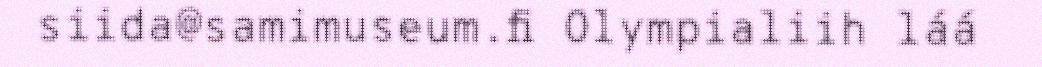
siida@samimuseum.fi Olympialiih láá